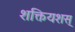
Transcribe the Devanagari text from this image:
शक्तियशस्